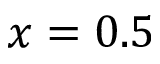
x = 0 . 5